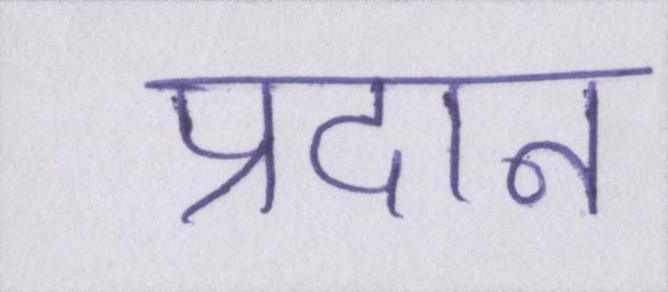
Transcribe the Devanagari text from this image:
प्रदान